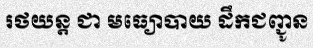
រថយន្ត ជា មធ្យោបាយ ដឹកជញ្ជូន